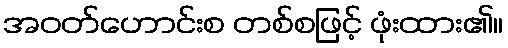
အဝတ်ဟောင်းစ တစ်စဖြင့် ဖုံးထား၏။